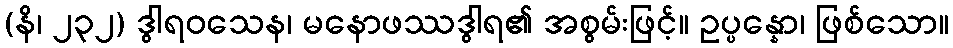
(နိ၊ ၂၃၂) ဒွါရဝသေန၊ မနောဖဿဒွါရ၏ အစွမ်းဖြင့်။ ဥပ္ပန္နော၊ ဖြစ်သော။